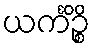
ယင်္ကိဉ္စိ